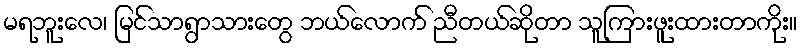
မရဘူးလေ၊ မြင်သာရွာသားတွေ ဘယ်လောက် ညီတယ်ဆိုတာ သူကြားဖူးထားတာကိုး။